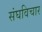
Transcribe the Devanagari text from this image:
संघविचार